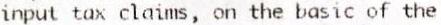
INPUT TAX CLAIMS, ON THE BASIC OF THE